Riigikantselei, lk 386
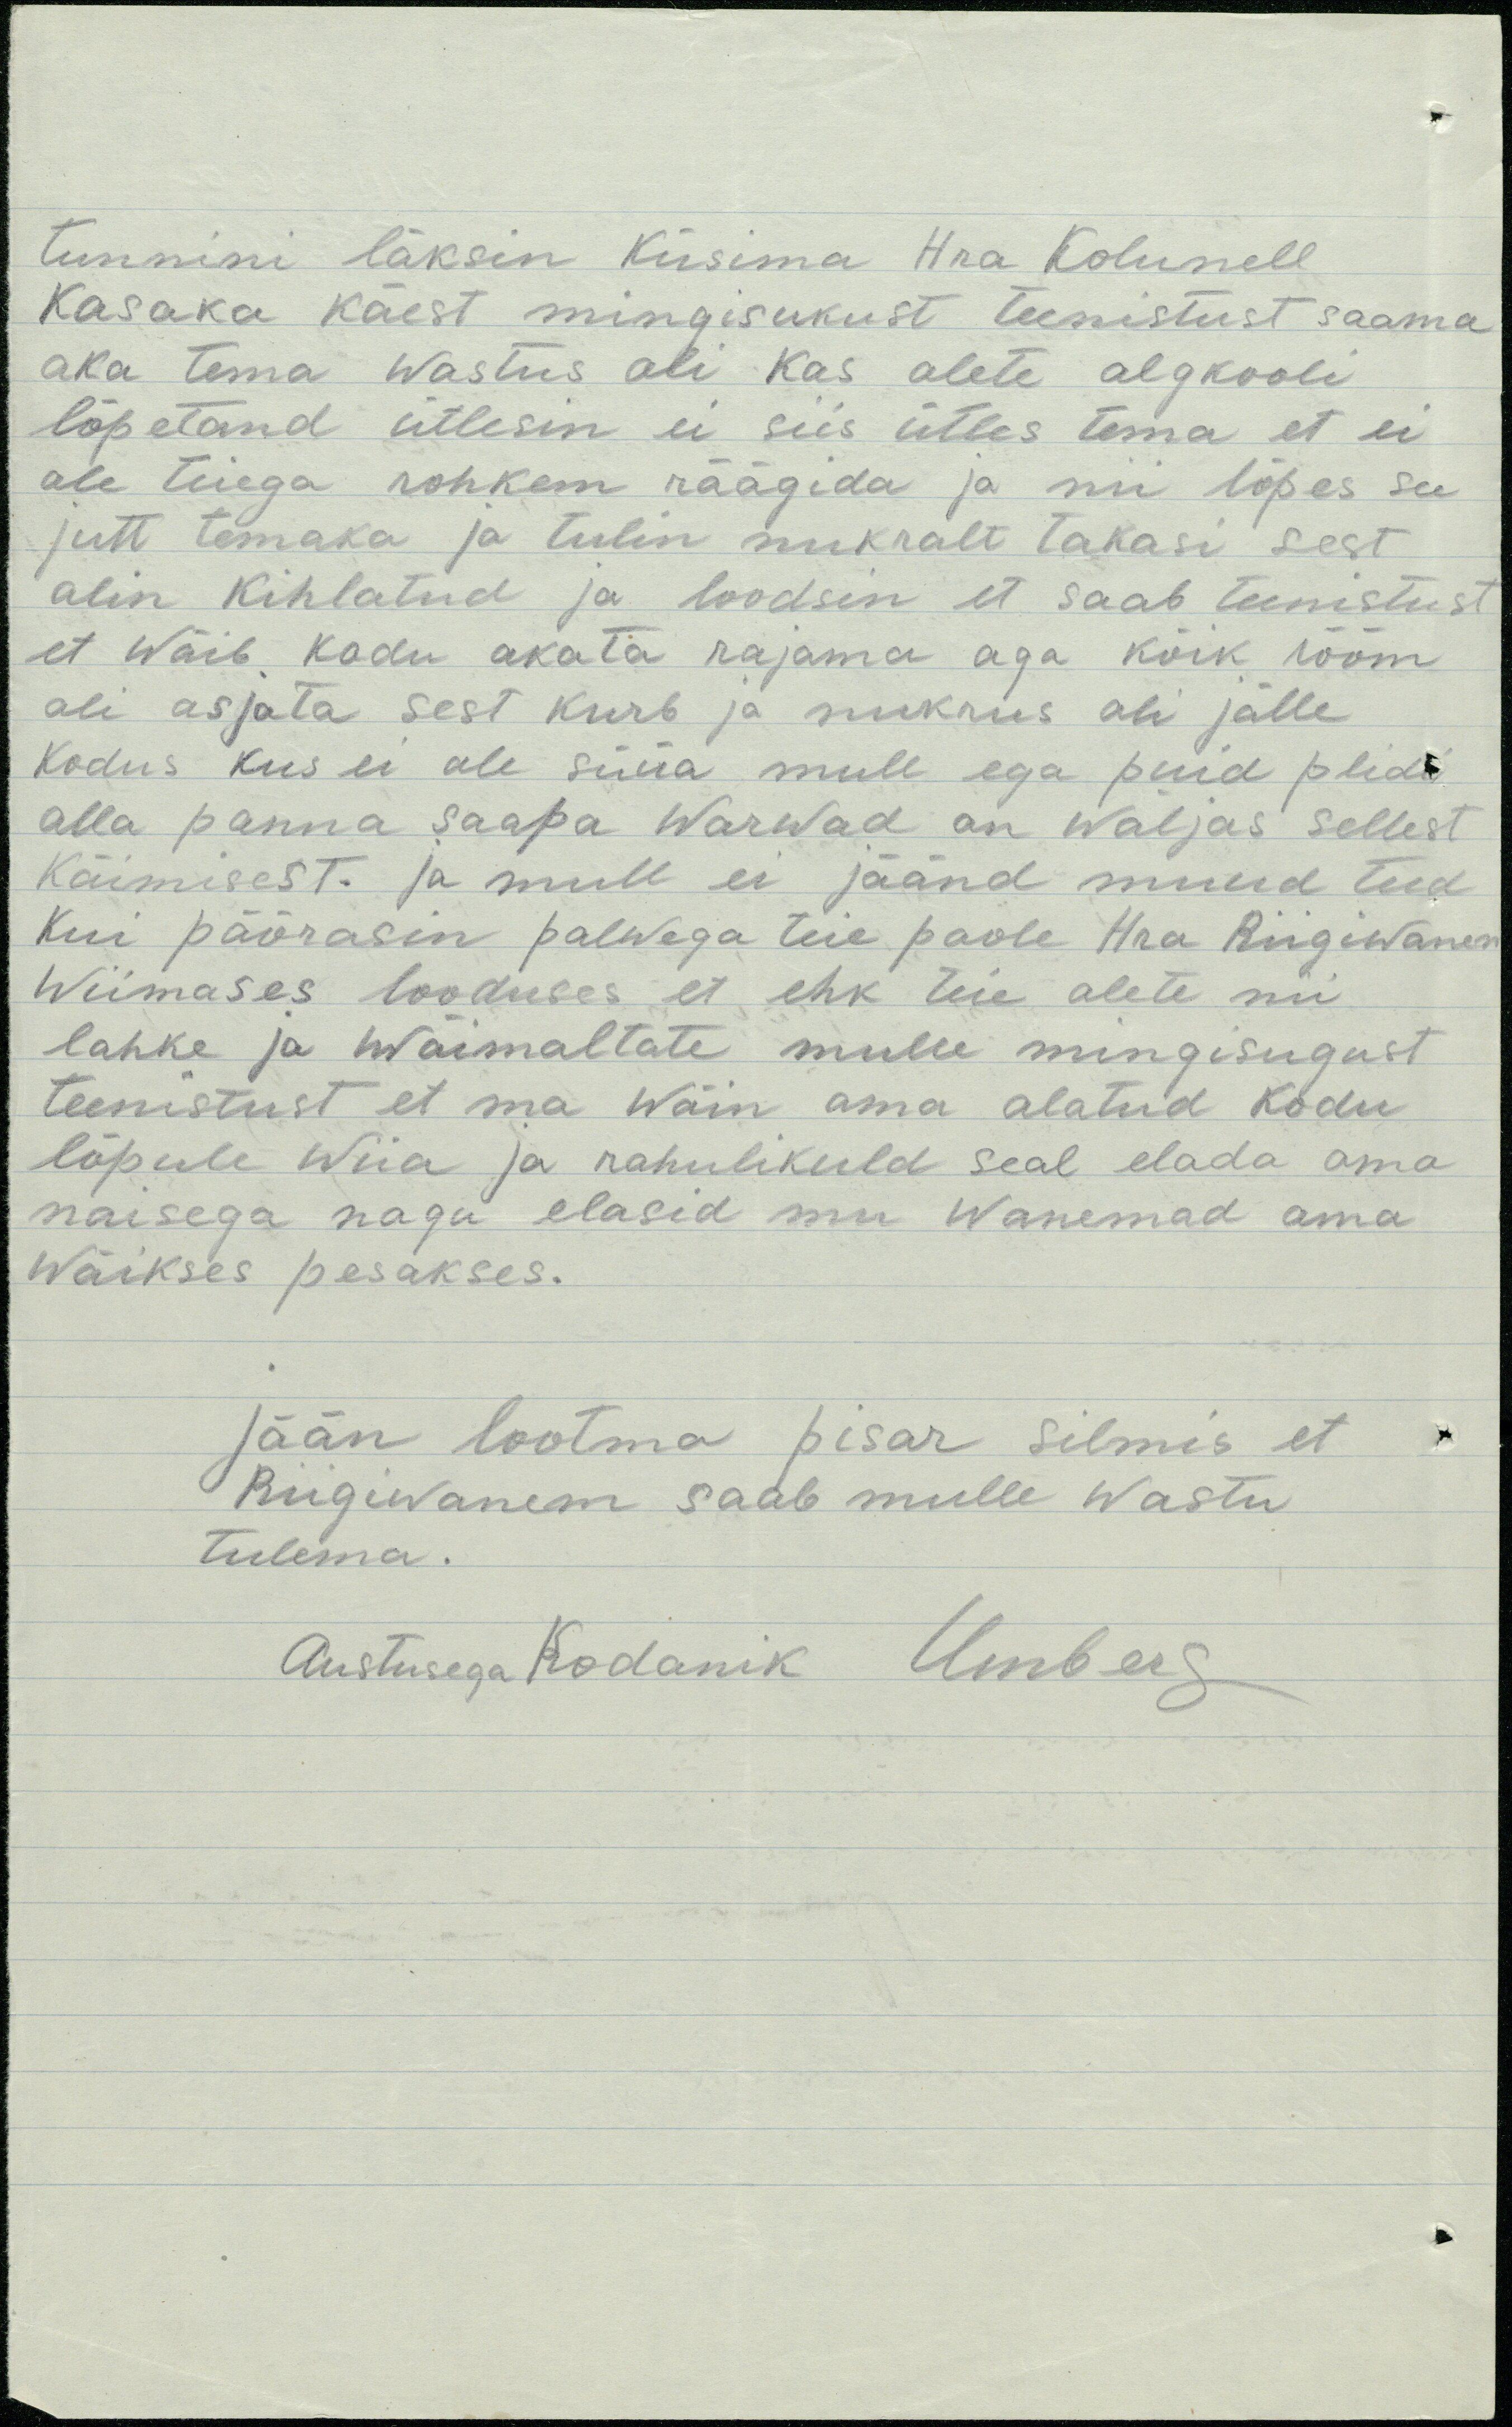
tunnini läksin küsima Hra Kolunell
Kasaka käest mingisukust teenistust saama
aka tema wastus oli kas olete algkooli
lõpetand ütlesin ei siis ütles tema et ei
ole teiega rohkem räägida ja nii lõpes see
jutt temaka ja tulin nukralt takasi sest
olin kihlatud ja loodsin et saab teenistust
et Wõib kodu akata rajama aga kõik rõõm
oli asjata sest kurb ja nukrus oli jälle
kodus kus ei ole süüa mull ega puid plidi
alla panna saapa warwad on wäljas sellest
käimisest. ja mull ei jäänd muud teed
kui pöörasin palwega teie poole Hra Riigiwanem
wiimases looduses et ehk teie olete nii
lahke ja wõimaltate mulle mingisugust
teenistust et ma wõin oma alatud Kodu
lõpule wiia ja rahulikuld seal elada oma
naisega nagu elasid mu wanemad oma
wäikses pesakses.
jään lootma pisar silmis et
Riigivanem saab mulle wastu
tulema.
Austusega Kodanik Umberg